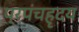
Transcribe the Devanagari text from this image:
प्रपंचहृदय